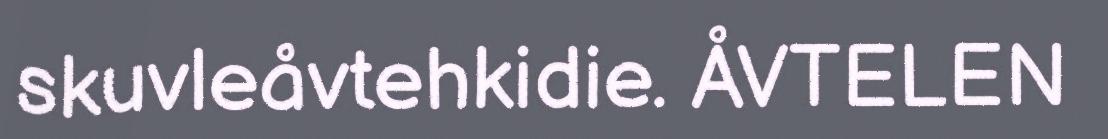
skuvleåvtehkidie. ÅVTELEN